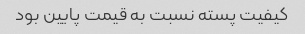
کیفیت پسته نسبت به قیمت پایین بود